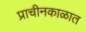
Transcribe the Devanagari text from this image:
प्राचीनकाळात